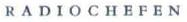
RADIOCHEFEN